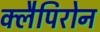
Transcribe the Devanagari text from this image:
क्लैपिरोन